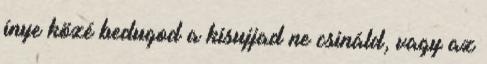
ínye közé bedugod a kisujjad ne csináld, vagy az